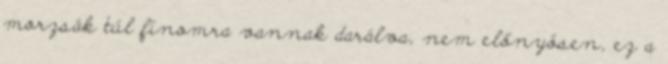
morzsák túl finomra vannak darálva, nem előnyösen, ez a